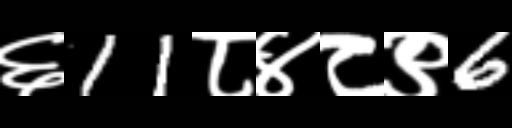
Text: ६11८४८९6